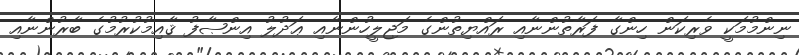
ނިންމުމަކީ ވެރިކަން ހިންގާ ފަރާތުންނާއި ރައްޔިތުންގެ މަޖިލީހުންނާއި ޢަދުލު އިންޞާފު ޤާއިމުކުރުމުގެ ބާރުންނާއި